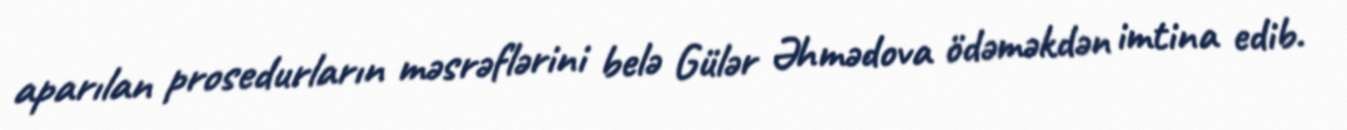
aparılan prosedurların məsrəflərini belə Gülər Əhmədova ödəməkdən imtina edib.